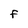
Character: F